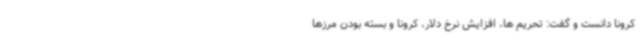
کرونا دانست و گفت: تحریم ها، افزایش نرخ دلار، کرونا و بسته بودن مرزها